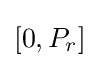
\left[0,P_{r}\right]